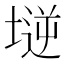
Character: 𡏤